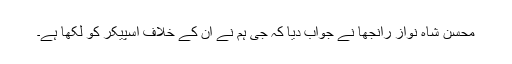
محسن شاہ نواز رانجھا نے جواب دیا کہ جی ہم نے ان کے خلاف اسپیکر کو لکھا ہے۔